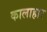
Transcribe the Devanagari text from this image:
कालाहार